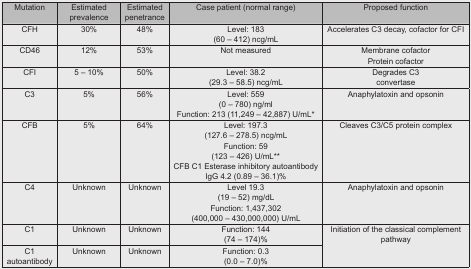
<table><thead><tr><td><b>Mutation</b></td><td><b>Estimated prevalence</b></td><td><b>Estimated penetrance</b></td><td><b>Case patient (normal range)</b></td><td><b>Proposed function</b></td></tr></thead><tbody><tr><td>CFH</td><td>30%</td><td>48%</td><td>Level: 183 (60 – 412) ncg/mL</td><td>Accelerates C3 decay, cofactor for CFI</td></tr><tr><td>CD46</td><td>12%</td><td>53%</td><td>Not measured</td><td>Membrane cofactor Protein cofactor</td></tr><tr><td>CFI</td><td>5 – 10%</td><td>50%</td><td>Level: 38.2 (29.3 – 58.5) ncg/mL</td><td>Degrades C3 convertase</td></tr><tr><td>C3</td><td>5%</td><td>56%</td><td>Level: 559 (0 – 780) ng/ml Function: 213 (11,249 – 42,887) U/mL*</td><td>Anaphylatoxin and opsonin</td></tr><tr><td>CFB</td><td>5%</td><td>64%</td><td>Level: 197.3 (127.6 – 278.5) ncg/mL Function: 59 (123 – 426) U/mL** CFB C1 Esterase inhibitory autoantibody IgG 4.2 (0.89 – 36.1)%</td><td>Cleaves C3/C5 protein complex</td></tr><tr><td>C4</td><td>Unknown</td><td>Unknown</td><td>Level 19.3 (19 – 52) mg/dL Function: 1,437,302 (400,000 – 430,000,000) U/mL</td><td>Anaphylatoxin and opsonin</td></tr><tr><td>C1</td><td>Unknown</td><td>Unknown</td><td>Function: 144 (74 – 174)%</td><td rowspan="2">Initiation of the classical complement pathway</td></tr><tr><td>C1 autoantibody</td><td>Unknown</td><td>Unknown</td><td>Function: 0.3 (0.0 – 7.0)%</td></tr></tbody></table>